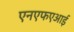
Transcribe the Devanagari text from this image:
एनएफएआई